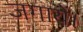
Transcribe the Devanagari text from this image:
जगायें।